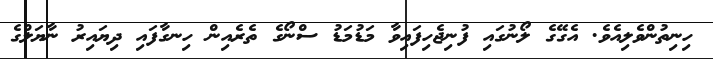
ހިނިތުންވެލިއެވެ. އެގޭގެ ލޯނުގައި ފުނިޖެހިފައިވާ މަޑުމަޑު ސްނޯގެ ތެރެއިން ހިނގާފައި ދިޔައިރު ނާޔަލްގެ